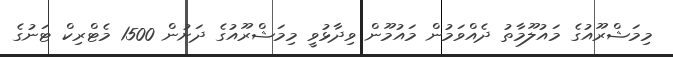
މިމަޝްރޫއުގެ މައުލޫމާތު ދެއްވަމުން މައުމޫން ވިދާޅުވީ މިމަޝްރޫއުގެ ދަށުން 1500 މެޓްރިކް ޓަނުގެ